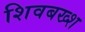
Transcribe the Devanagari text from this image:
शिवबख्श